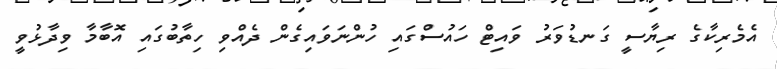
އެމެރިކާގެ ރިޔާސީ ގަނޑުވަރު ވައިޓް ހައުސްގައި ހުންނަވައިގެން ދެއްވި ހިތާބުގައި އޮބާމާ ވިދާޅުވީ